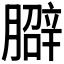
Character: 𱼜